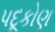
પદૂકોણ